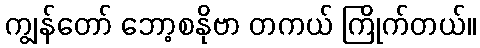
ကျွန်တော် ဘော့စနိုဗာ တကယ် ကြိုက်တယ်။